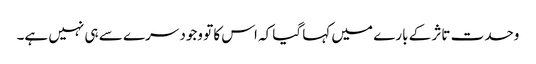
وحدت تاثر کے بارے میں کہا گیا کہ اس کا تو وجود سرے سے ہی نہیں ہے۔